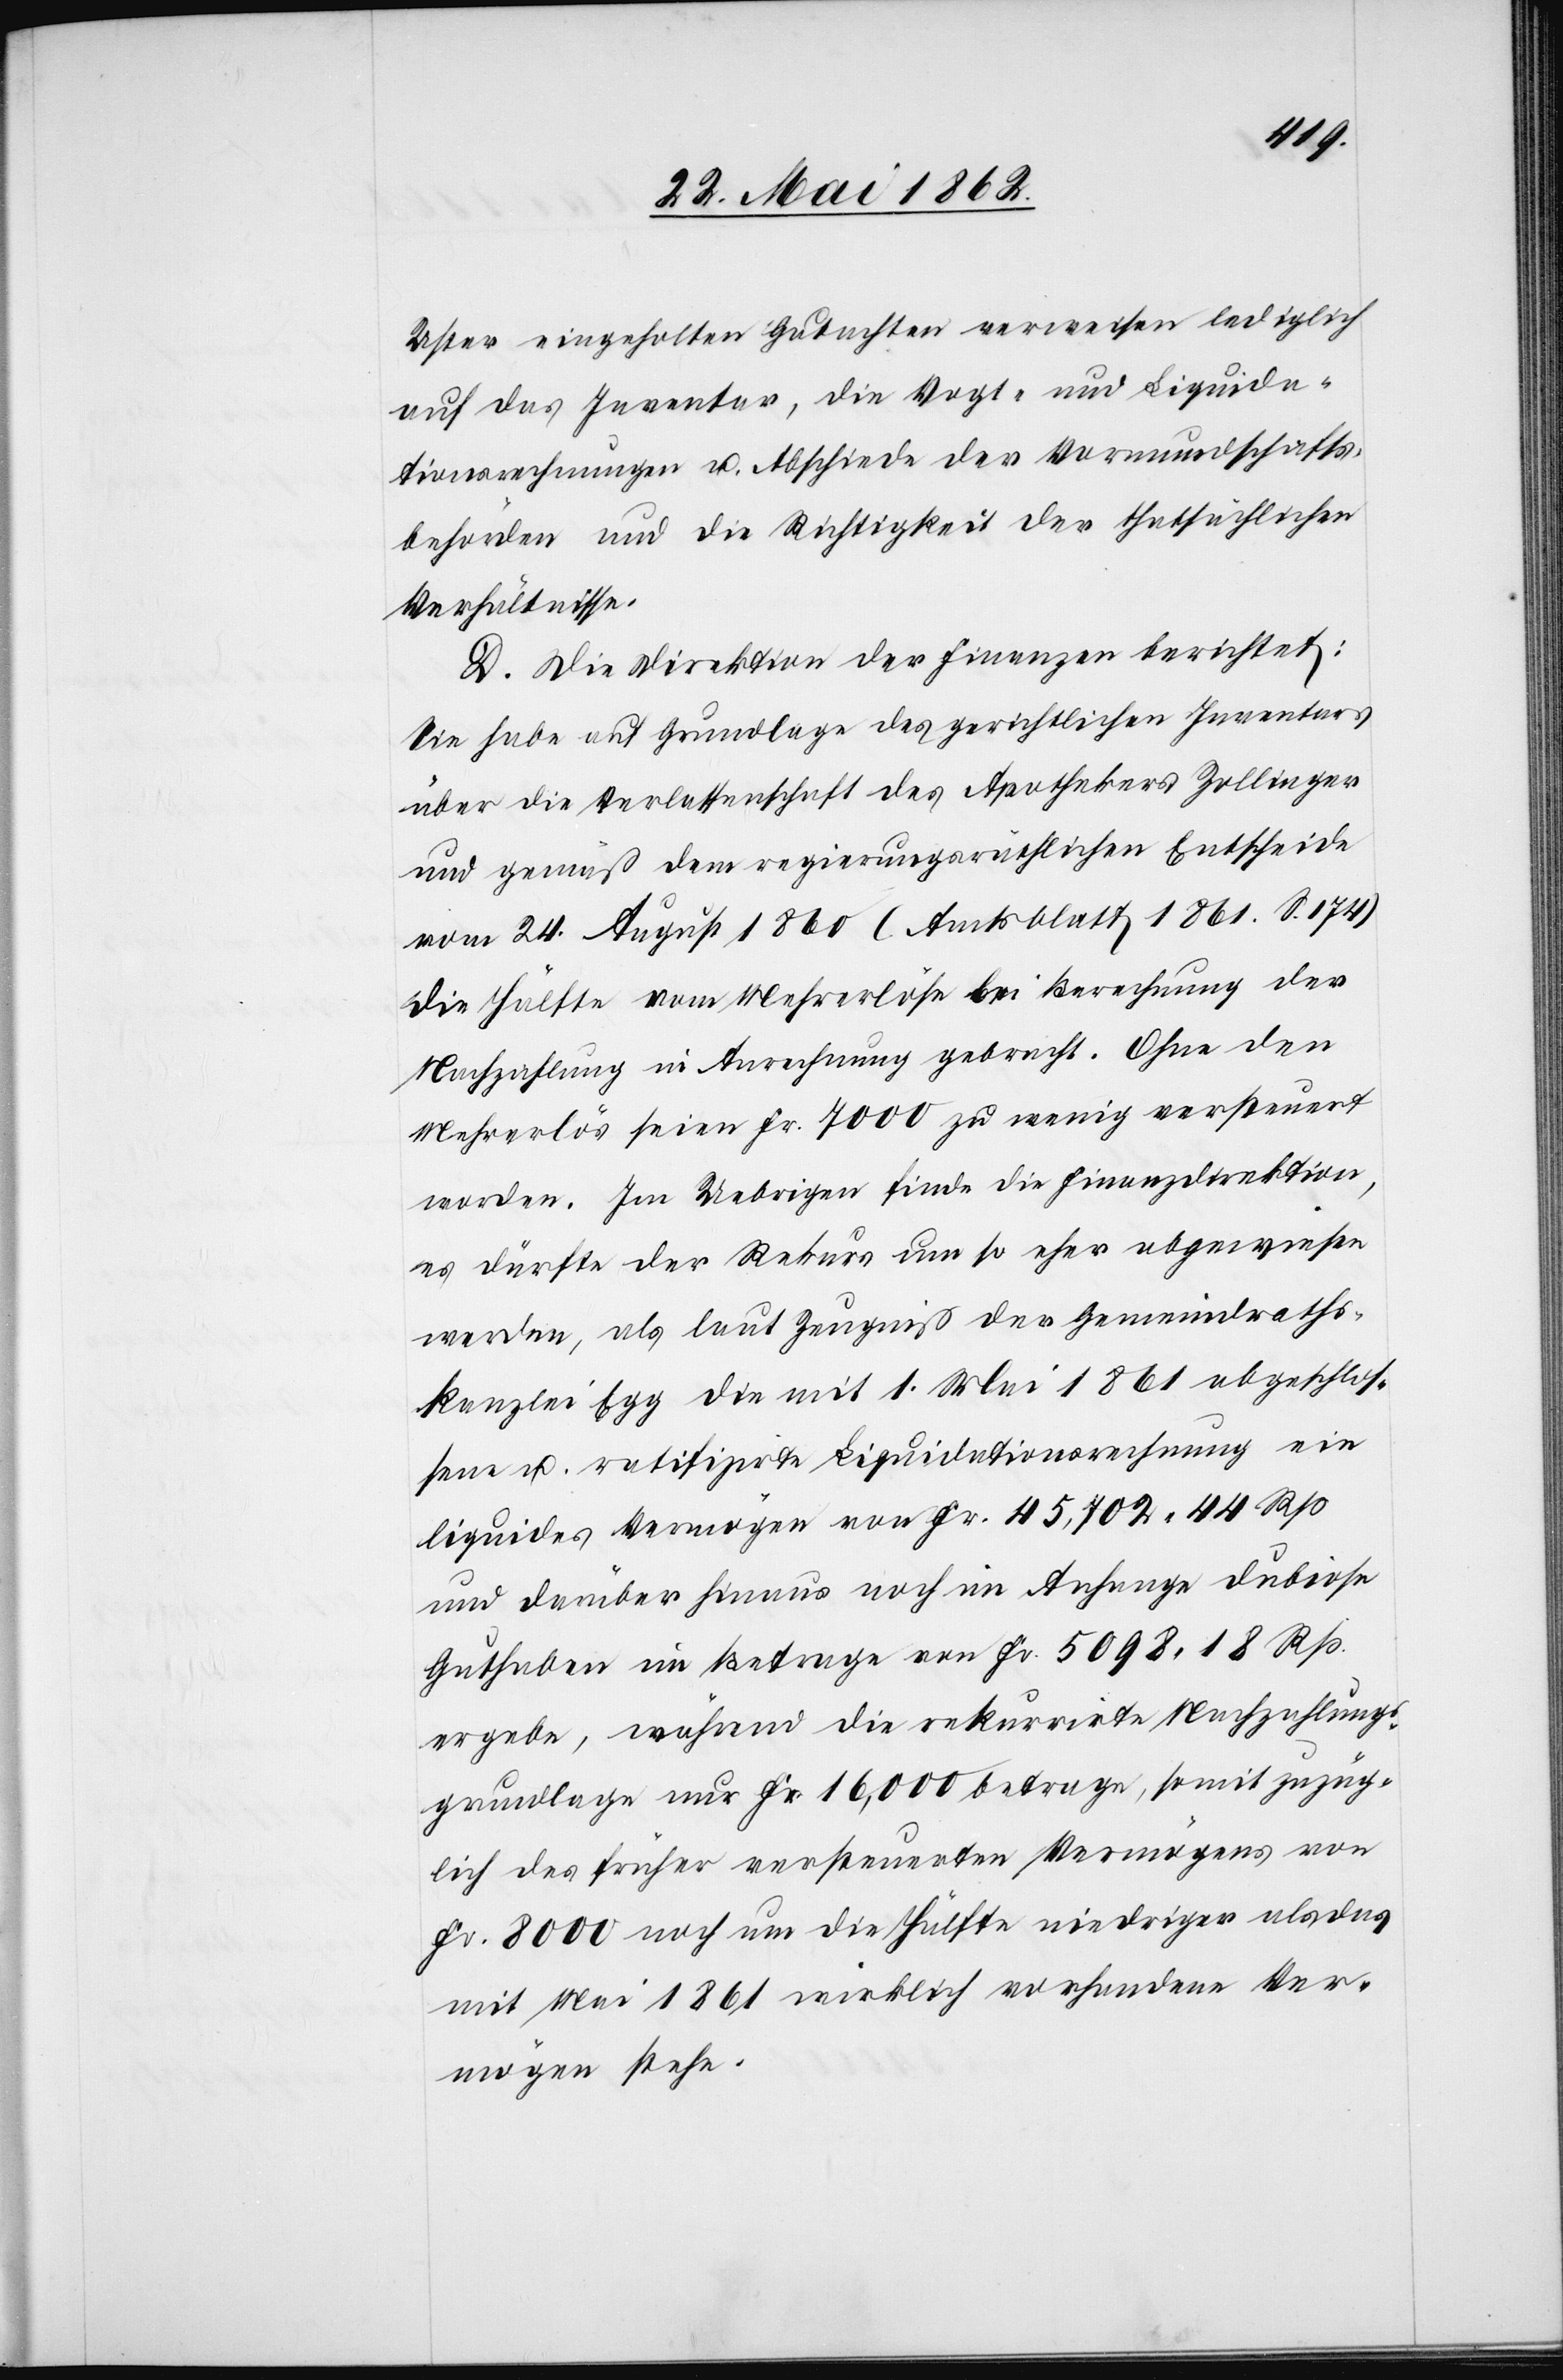
Uster eingeholten Gutachten verweisen lediglich
auf das Inventar, die Vogt- und Liquida¬
tionsrechnungen u. Abschiede der Vormundschafts¬
behörden und die Richtigkeit der thatsächlichen
Verhältnisse.
D. Die Direktion der Finanzen berichtet:
Sie habe auf Grundlage des gerichtlichen Inventars
über die Verlassenschaft des Apothekers Zollinger
und gemäß dem regierungsräthlichen Entscheide
vom 24. August 1860 (Amtsblatt 1861. S. 174)
die Hälfte vom Mehrerlöse bei Berechnung der
Nachzahlung in Anrechnung gebracht. Ohne den
Mehrerlös seien Fr. 7000 zu wenig versteuert
worden. Im Uebrigen finde die Finanzdirektion,
es dürfte der Rekurs um so eher abgewiesen
werden, als laut Zeugniß der Gemeindraths¬
kanzlei Egg die mit 1. Mai 1861 abgeschlos¬
sene u. ratifizirte Liquidationsrechnung ein
liquides Vermögen von Fr. 45,702 44 Rp.
und darüber hinaus noch im Anhange dubiose
Guthaben im Betrage von Fr. 5098 18 Rp.
ergebe, während die rekurrirte Nachzahlungs¬
grundlage nur Fr. 16,000 betrage, somit zuzüg¬
lich des früher versteuerten Vermögens von
Fr. 8000 noch um die Hälfte niedriger als das
mit Mai 1861 wirklich vorhandene Ver¬
mögen stehe.